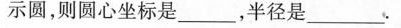
示圆，则圆心坐标是___，半径是___.